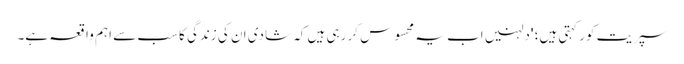
سپریت کور کہتی ہیں؛ 'دلہنیں اب یہ محسوس کر رہی ہیں کہ شادی ان کی زندگی کا سب سے اہم واقعہ ہے۔